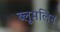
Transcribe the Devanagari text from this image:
ब्लूमलिन